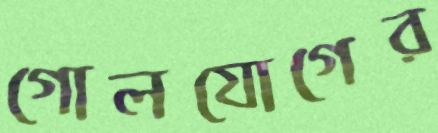
গোলযোগের